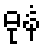
ဓုနံ